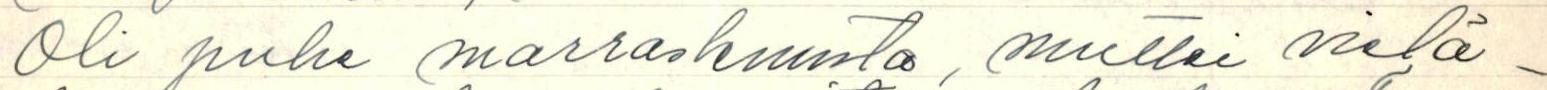
Oli puhe marraskuusta, muttei vielä-